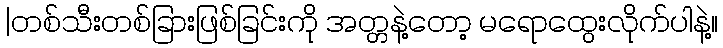
|တစ်သီးတစ်ခြားဖြစ်ခြင်းကို အတ္တနဲ့တော့ မရောထွေးလိုက်ပါနဲ့။